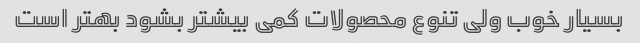
بسیار خوب ولی تنوع محصولات کمی بیشتر بشود بهتر است